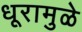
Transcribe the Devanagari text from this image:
धूरामुळे